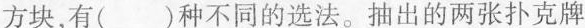
方块，有( )种不同的选法。抽出的两张扑克牌